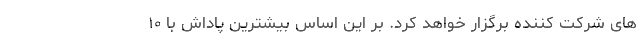
های شرکت کننده برگزار خواهد کرد. بر این اساس بیشترین پاداش با ۱۰